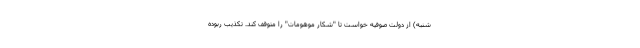
شنبه) از دولت صوفیه خواست تا "شکار موهومات" را متوقف کند. تکذیب ربوده